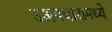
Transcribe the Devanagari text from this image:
उअपचारामध्ये